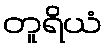
တူရိယံ